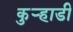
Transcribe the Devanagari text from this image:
कुर्‍हाडी